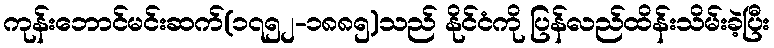
ကုန်းဘောင်မင်းဆက်(၁၇၅၂-၁၈၈၅)သည် နိုင်ငံကို ပြန်လည်ထိန်းသိမ်းခဲ့ပြီး